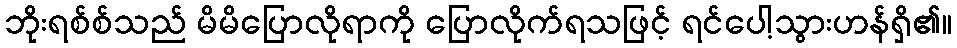
ဘိုးရစ်စ်သည် မိမိပြောလိုရာကို ပြောလိုက်ရသဖြင့် ရင်ပေါ့သွားဟန်ရှိ၏။